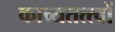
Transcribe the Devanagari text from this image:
काव्यतत्त्वों